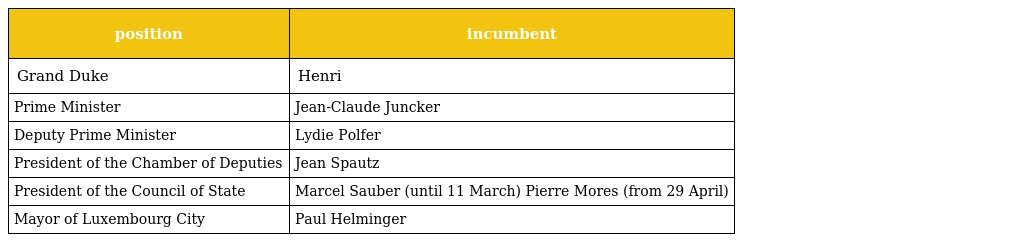
| position | incumbent |
 | --- | --- |
 | Grand Duke | Henri |
 | Prime Minister | Jean-Claude Juncker |
 | Deputy Prime Minister | Lydie Polfer |
 | President of the Chamber of Deputies | Jean Spautz |
 | President of the Council of State | Marcel Sauber (until 11 March) Pierre Mores (from 29 April) |
 | Mayor of Luxembourg City | Paul Helminger |